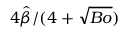
4 \hat { \beta } / ( 4 + \sqrt { B o } )